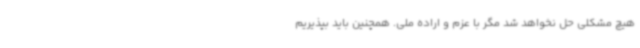
هیچ مشکلی حل نخواهد شد مگر با عزم و اراده ملی. همچنین باید بپذیریم